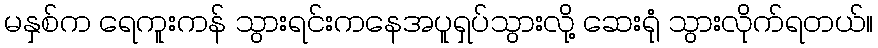
မနှစ်က ရေကူးကန် သွားရင်းကနေအပူရှပ်သွားလို့ ဆေးရုံ သွားလိုက်ရတယ်။